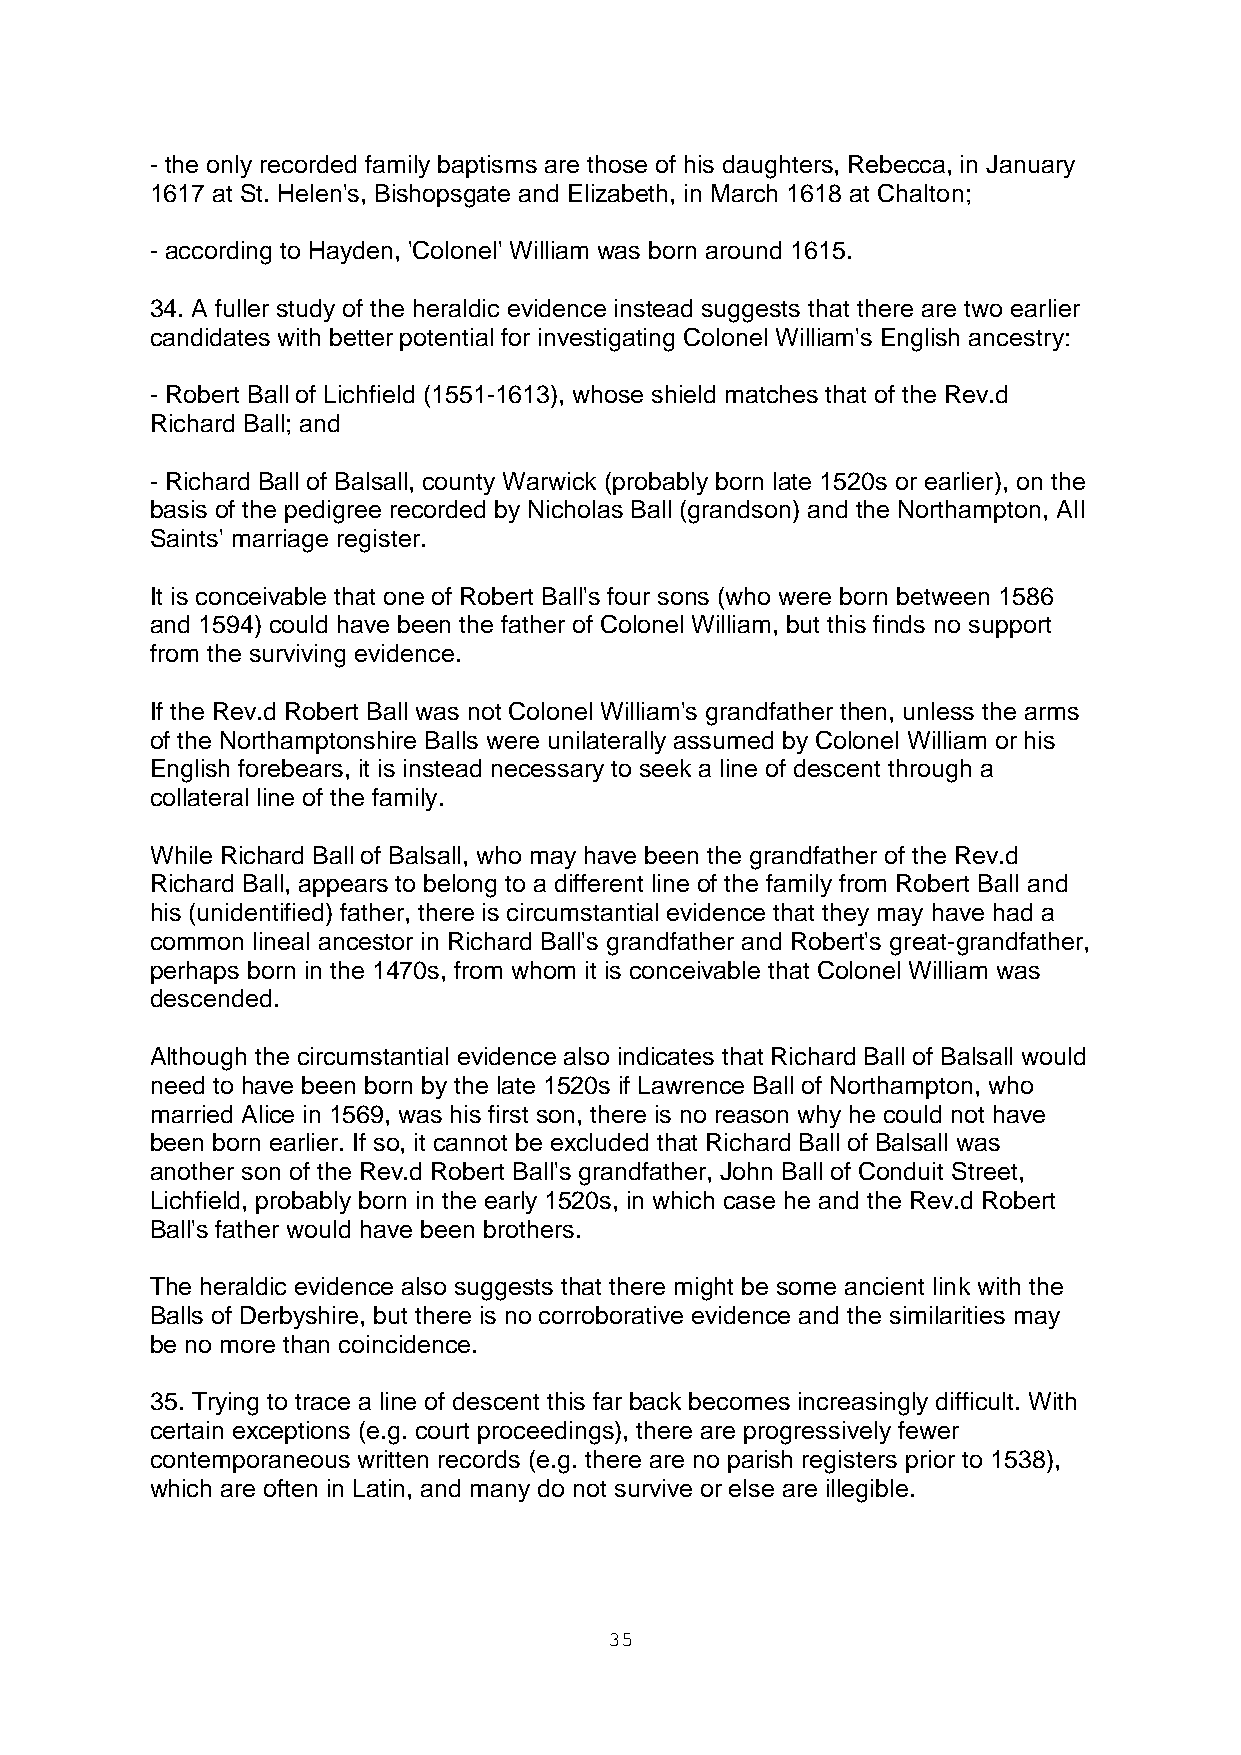
- the only recorded family baptisms are those of his daughters, Rebecca, in January
 1617 at St. Helen's, Bishopsgate and Elizabeth, in March 1618 at Chalton;
 - according to Hayden, 'Colonel' William was born around 1615.
 34. A fuller study of the heraldic evidence instead suggests that there are two earlier
 candidates with better potential for investigating Colonel William's English ancestry:
 - Robert Ball of Lichfield (1551-1613), whose shield matches that of the Rev.d
 Richard Ball; and
 - Richard Ball of Balsall, county Warwick (probably born late 1520s or earlier), on the
 basis of the pedigree recorded by Nicholas Ball (grandson) and the Northampton, All
 Saints' marriage register.
 It is conceivable that one of Robert Ball's four sons (who were born between 1586
 and 1594) could have been the father of Colonel William, but this finds no support
 from the surviving evidence.
 If the Rev.d Robert Ball was not Colonel William's grandfather then, unless the arms
 of the Northamptonshire Balls were unilaterally assumed by Colonel William or his
 English forebears, it is instead necessary to seek a line of descent through a
 collateral line of the family.
 While Richard Ball of Balsall, who may have been the grandfather of the Rev.d
 Richard Ball, appears to belong to a different line of the family from Robert Ball and
 his (unidentified) father, there is circumstantial evidence that they may have had a
 common lineal ancestor in Richard Ball's grandfather and Robert's great-grandfather,
 perhaps born in the 1470s, from whom it is conceivable that Colonel William was
 descended.
 Although the circumstantial evidence also indicates that Richard Ball of Balsall would
 need to have been born by the late 1520s if Lawrence Ball of Northampton, who
 married Alice in 1569, was his first son, there is no reason why he could not have
 been born earlier. If so, it cannot be excluded that Richard Ball of Balsall was
 another son of the Rev.d Robert Ball's grandfather, John Ball of Conduit Street,
 Lichfield, probably born in the early 1520s, in which case he and the Rev.d Robert
 Ball's father would have been brothers.
 The heraldic evidence also suggests that there might be some ancient link with the
 Balls of Derbyshire, but there is no corroborative evidence and the similarities may
 be no more than coincidence.
 35. Trying to trace a line of descent this far back becomes increasingly difficult. With
 certain exceptions (e.g. court proceedings), there are progressively fewer
 contemporaneous written records (e.g. there are no parish registers prior to 1538),
 which are often in Latin, and many do not survive or else are illegible.
 35